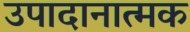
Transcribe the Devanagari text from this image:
उपादानात्मक